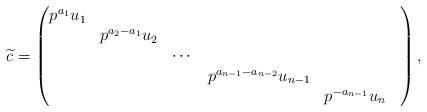
LaTeX: \begin{align*} \widetilde{c}=\begin{pmatrix} p^{a_1}u_1 & & & & \\ & p^{a_2-a_1}u_2 & & & \\ &&\cdots&&& \\ & & & p^{a_{n-1}-a_{n-2}}u_{n-1} & \\ & & & & p^{-a_{n-1}}u_n \end{pmatrix},\end{align*}